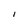
Character: I